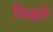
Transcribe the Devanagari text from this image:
पिछले